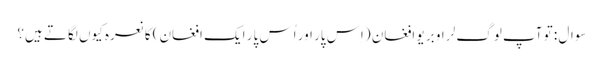
سوال : تو آپ لوگ لر او بر یو افغان (اِس پار اور اُس پار ایک افغان) کا نعرہ کیوں لگاتے ہیں؟